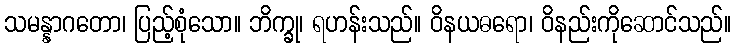
သမန္နာဂတော၊ ပြည့်စုံသော။ ဘိက္ခု၊ ရဟန်းသည်။ ဝိနယဓရော၊ ဝိနည်းကိုဆောင်သည်။